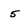
Character: 5